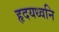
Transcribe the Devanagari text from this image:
हृदयध्वनि